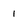
Character: 1